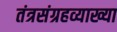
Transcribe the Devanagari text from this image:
तंत्रसंग्रहव्याख्या